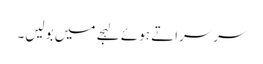
سرسراتے ہوئے لہجے میں بولیں۔